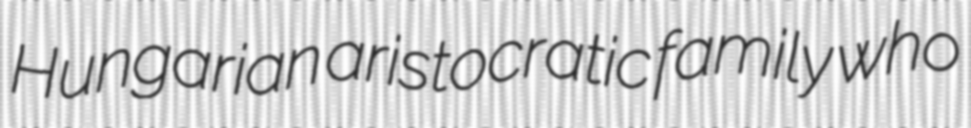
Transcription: Hungarian aristocratic family who